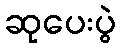
ဆုပေးပွဲ